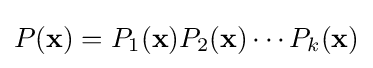
P(\mathbf {x} )=P_{1}(\mathbf {x} )P_{2}(\mathbf {x} )\cdots P_{k}(\mathbf {x} )